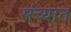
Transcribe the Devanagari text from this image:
संच्यात